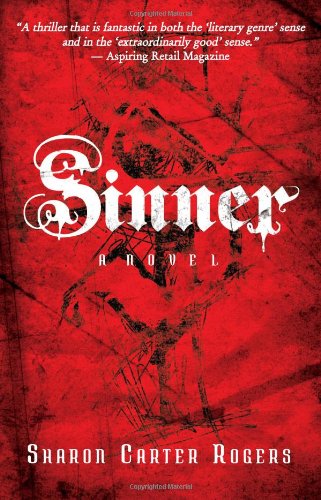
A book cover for Sinner: A Novel; Sharon Carter Rogers; Humor & Entertainment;